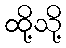
ထို့သို့